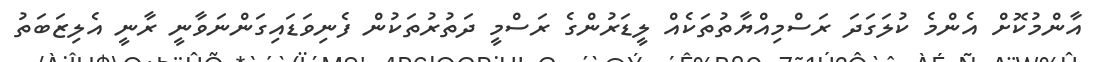
އާންމުކޮށް އެންމެ ކުލަގަދަ ރަސްމިއްޔާތުތަކެއް ލީޑަރުންގެ ރަސްމީ ދަތުރުތަކުން ފެނިވަޑައިގަންނަވާނީ ރާނީ އެލިޒަބަތު